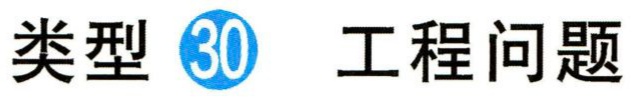
类型 \textcircled{30} 工程问题